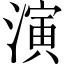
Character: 演